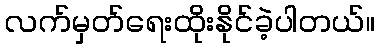
လက်မှတ်ရေးထိုးနိုင်ခဲ့ပါတယ်။